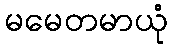
မမေတမာယုံ